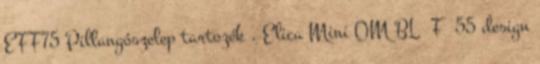
EFF75 Pillangószelep tartozék . Elica Mini OM BL F 55 design